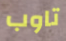
تاوب